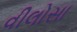
વીલોસા